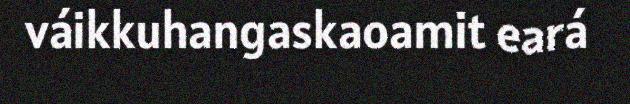
váikkuhangaskaoamit eará